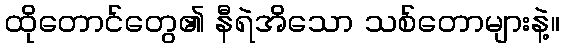
ထိုတောင်တွေ၏ နီရဲအိသော သစ်တောများနဲ့။